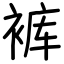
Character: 裤